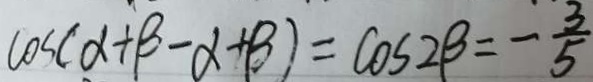
\cos ( \alpha + \beta - \alpha + \beta ) = \cos 2 \beta = - \frac { 3 } { 5 }